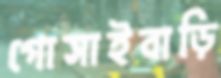
গোসাইবাড়ি